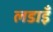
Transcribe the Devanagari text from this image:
लडाइँ